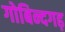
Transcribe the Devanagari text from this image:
गोबिन्दगढ़